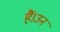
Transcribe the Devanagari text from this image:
हैं।उन